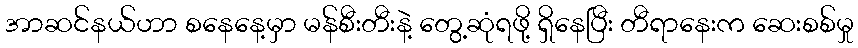
အာဆင်နယ်ဟာ စနေနေ့မှာ မန်စီးတီးနဲ့ တွေ့ဆုံရဖို့ ရှိနေပြီး တီရာနေးက ဆေးစစ်မှု